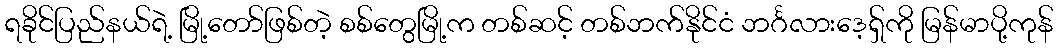
ရခိုင်ပြည်နယ်ရဲ့ မြို့တော်ဖြစ်တဲ့ စစ်တွေမြို့က တစ်ဆင့် တစ်ဘက်နိုင်ငံ ဘင်္ဂလားဒေ့ရှ်ကို မြန်မာပို့ကုန်